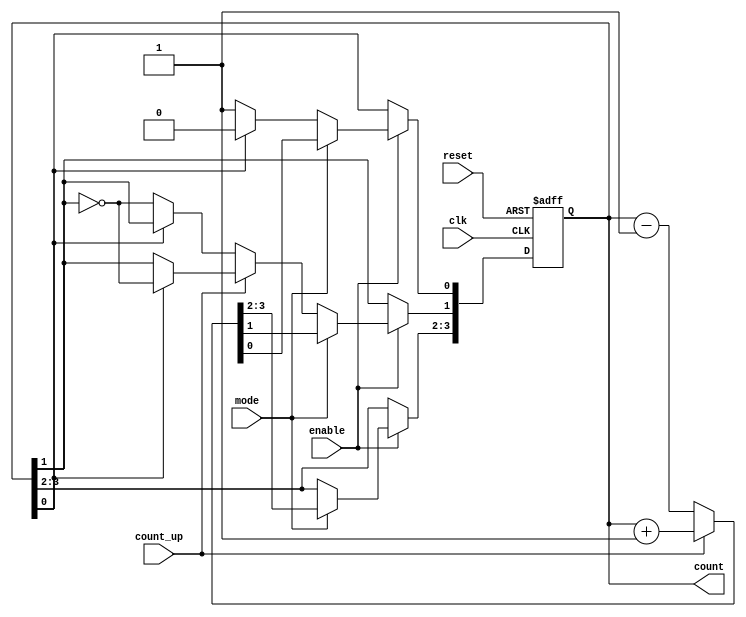
module Chained_Parallel_Counter (
    input wire clk,            // Clock signal
    input wire reset,          // Asynchronous reset signal
    input wire enable,         // Enable counting
    input wire count_up,       // Control signal for counting direction (1 = up, 0 = down)
    input wire mode,           // Control signal for mode (1 = parallel, 0 = chained)
    output reg [N-1:0] count   // Counter output (N is the number of bits)
);
    parameter N = 4; // Number of bits in the counter (adjust as needed)
    
    // Internal flip-flops for chained counting
    reg [N-1:0] temp_count;   // Temporary storage for parallel counting

    always @(posedge clk or posedge reset) begin
        if (reset) begin
            count <= 0; // Reset counter to 0
        end else if (enable) begin
            if (mode) begin
                // Parallel counting
                if (count_up) begin
                    temp_count = count + 1; // Increment
                end else begin
                    temp_count = count - 1; // Decrement
                end
                count <= temp_count;
            end else begin
                // Chained (ripple) counting
                if (count_up) begin
                    if (count[0] == 1'b0) begin
                        count[0] <= 1'b1; // Toggle LSB
                    end else begin
                        count[0] <= 1'b0; // Reset LSB
                        count[1] <= ~count[1]; // Toggle next flip-flop
                        // Continue toggling further bits as needed
                        // Implement similar toggling for the other bits..
                    end
                end else begin
                    if (count[0] == 1'b1) begin
                        count[0] <= 1'b0; // Toggle LSB
                    end else begin
                        count[0] <= 1'b1; // Set LSB
                        count[1] <= ~count[1]; // Toggle next flip-flop
                        // Continue toggling further bits as needed..
                    end
                end
            end
        end
    end

endmodule